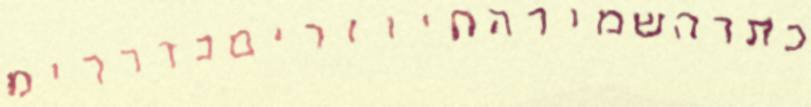
כתרהשמירהחיווריםכדרךימ